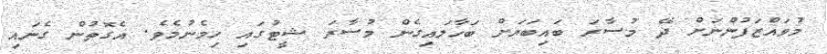
މުވައްޒަފުންނަށް ދޭ މުސާރަ ބައިބަޔަށް ބަހާލައިގެން މުސާރަ ޝީޓުގައި ހިމެނުމެވެ. އެގޮތުން ގެނައި